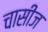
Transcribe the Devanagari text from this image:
चासीज